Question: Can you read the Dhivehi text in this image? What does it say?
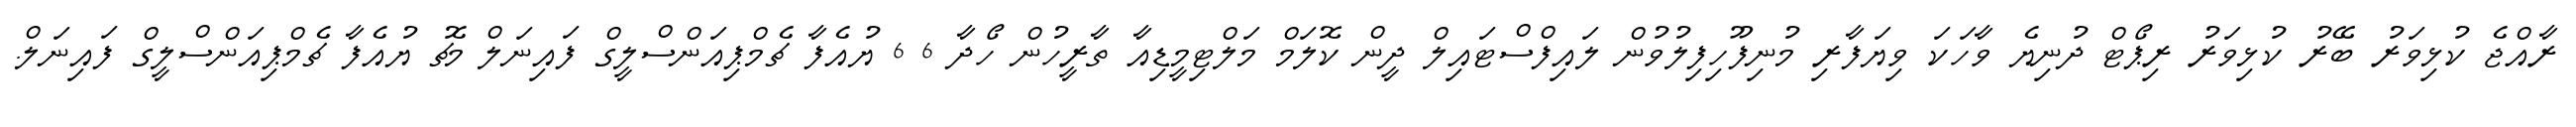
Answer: ރާއްޖެ ކުޅިވަރު ބޭރު ކުޅިވަރު ރިޕޯޓް ދުނިޔެ ވާހަކަ ވިޔަފާރި މުނިފޫހިފިލުވުން ލައިފްސްޓައިލް ދީން ކޮލަމް މަލްޓިމީޑިއާ ތާރީހުން ހޯދާ 6 6 ޔުއެފާ ޗެމްޕިއަންސްލީގް ފައިނަލް މެޗު ޔުއެފާ ޗެމްޕިއަންސްލީގް ފައިނަލް.